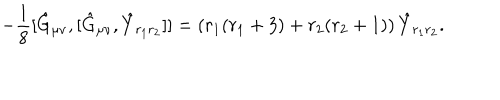
- \frac { 1 } { 8 } [ \hat { G } _ { \mu \nu } , [ \hat { G } _ { \mu \nu } , \hat { Y } _ { r _ { 1 } r _ { 2 } } ] ] = \left( r _ { 1 } ( r _ { 1 } + 3 ) + r _ { 2 } ( r _ { 2 } + 1 ) \right) \hat { Y } _ { r _ { 1 } r _ { 2 } } .